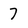
Character: 7